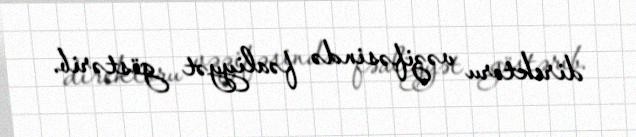
direktoru vəzifəsində fəaliyyət göstərib.